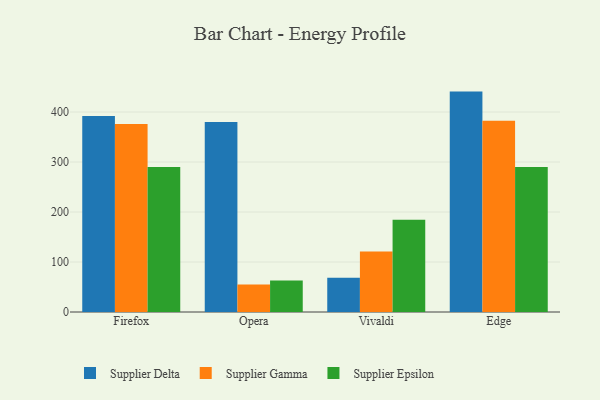
{"axis": {"x": "Browser", "y": "Population (Million)"}, "legend": ["Supplier Delta", "Supplier Epsilon", "Supplier Gamma"], "data": [{"x": "Firefox", "y": 391.9, "type": "Supplier Delta"}, {"x": "Firefox", "y": 376.1, "type": "Supplier Gamma"}, {"x": "Firefox", "y": 289.8, "type": "Supplier Epsilon"}, {"x": "Opera", "y": 380.1, "type": "Supplier Delta"}, {"x": "Opera", "y": 54.8, "type": "Supplier Gamma"}, {"x": "Opera", "y": 62.9, "type": "Supplier Epsilon"}, {"x": "Vivaldi", "y": 68.5, "type": "Supplier Delta"}, {"x": "Vivaldi", "y": 120.9, "type": "Supplier Gamma"}, {"x": "Vivaldi", "y": 184.6, "type": "Supplier Epsilon"}, {"x": "Edge", "y": 440.8, "type": "Supplier Delta"}, {"x": "Edge", "y": 382.4, "type": "Supplier Gamma"}, {"x": "Edge", "y": 290.1, "type": "Supplier Epsilon"}]}